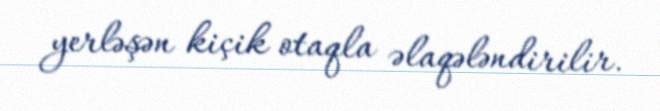
yerləşən kiçik otaqla əlaqələndirilir.